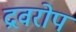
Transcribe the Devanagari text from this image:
द्रवरोप